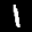
Label: 1